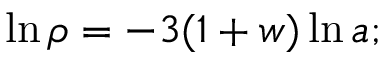
\ln { \rho } = - 3 ( 1 + w ) \ln { a } ;